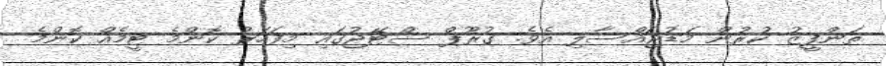
ތަންފީޒު ކުރުން މަޑުޖައްސާލި އެވެ. ގުރޫޕް ސްޓޭޖުގައި މިފަހަރު ކޮންމެ ޓީމެއް ކޮންމެ